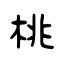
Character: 桃